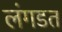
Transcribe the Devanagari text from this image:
लंगडत